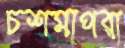
চশমাপরা